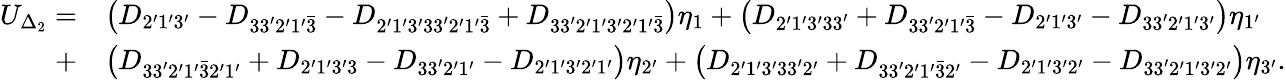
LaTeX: \begin{array}{rl}{U_{\Delta_{2}}=}&{\left({{D_{2^{\prime}1^{\prime}3^{\prime}}}-{D_{33^{\prime}2^{\prime}1^{\prime}\bar{3}}}-{D_{2^{\prime}1^{\prime}3^{\prime}33^{\prime}\mathrm{{2^{\prime}1^{\prime}}}\bar{3}}}+{D_{33^{\prime}2^{\prime}1^{\prime}3^{\prime}{\mathrm{2^{\prime}1^{\prime}}}\bar{3}}}}\right){\eta_{1}}+\left({{D_{2^{\prime}1^{\prime}3^{\prime}33^{\prime}}}+{D_{33^{\prime}2^{\prime}1^{\prime}\bar{3}}}-{D_{2^{\prime}1^{\prime}3^{\prime}}}-{D_{33^{\prime}2^{\prime}1^{\prime}3^{\prime}}}}\right){\eta_{1^{\prime}}}}\\ {+}&{\left({{D_{33^{\prime}2^{\prime}1^{\prime}\bar{3}2^{\prime}1^{\prime}}}+{D_{2^{\prime}1^{\prime}3^{\prime}\mathrm{{3}}}}-{D_{33^{\prime}2^{\prime}1^{\prime}}}-{D_{2^{\prime}1^{\prime}3^{\prime}2^{\prime}1^{\prime}}}}\right){\eta_{2^{\prime}}}+\left({{D_{2^{\prime}1^{\prime}3^{\prime}33^{\prime}{\mathrm{2^{\prime}}}}}+{D_{33^{\prime}2^{\prime}1^{\prime}\bar{3}\mathrm{{2^{\prime}}}}}-{D_{2^{\prime}1^{\prime}3^{\prime}{\mathrm{2^{\prime}}}}}-{D_{33^{\prime}2^{\prime}1^{\prime}3^{\prime}\mathrm{{2^{\prime}}}}}}\right){\eta_{3^{\prime}}}.}\end{array}